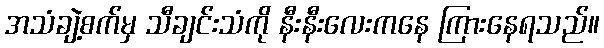
အသံချဲ့စက်မှ သီချင်းသံကို နီးနီးလေးကနေ ကြားနေရသည်။